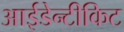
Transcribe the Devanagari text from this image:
आईडेन्टीकिट